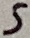
Text: 5